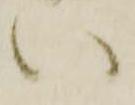
い